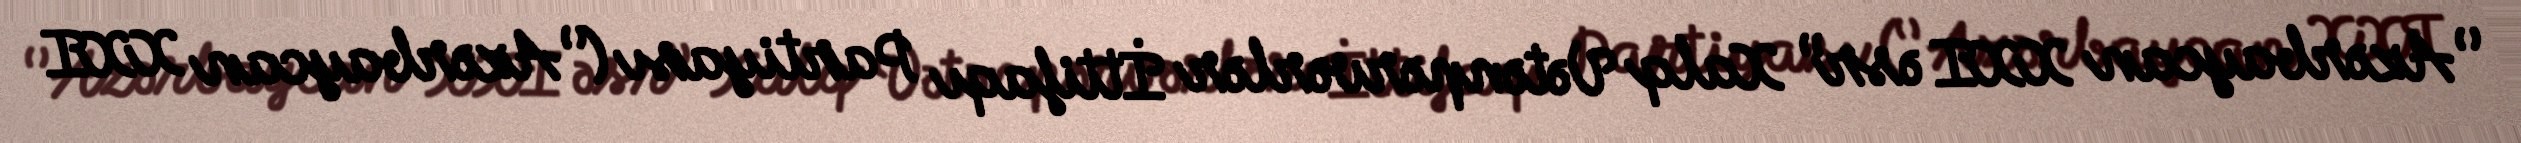
‘’Azərbaycan XXI əsr’’ Xalq Vətənpərvərlər İttifaqı Partiyası (‘’Azərbaycan XXI